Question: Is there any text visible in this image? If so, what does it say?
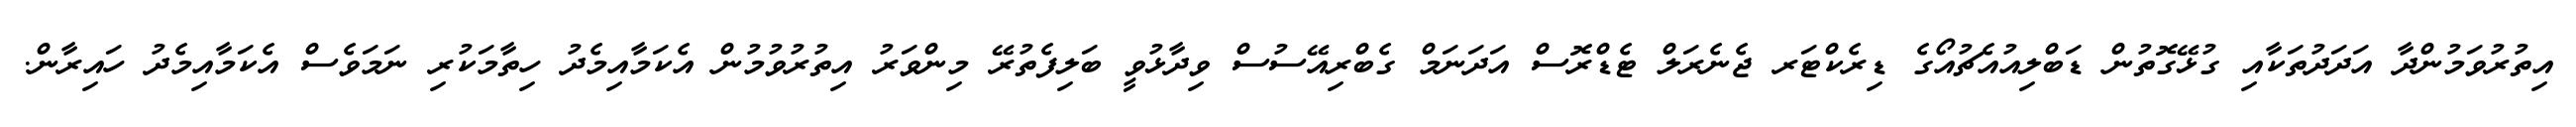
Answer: އިތުރުވަމުންދާ އަދަދުތަކާއި ގުޅޭގޮތުން ޑަބްލިއުއެޗުއޯގެ ޑިރެކްޓަރ ޖެނެރަލް ޓެޑްރޮސް އަދަނަމް ގެބްރިއޭސުސް ވިދާޅުވީ ބަލިފެތުރޭ މިންވަރު އިތުރުވުމުން އެކަމާއިމެދު ހިތާމަކުރި ނަމަވެސް އެކަމާއިމެދު ހައިރާން.